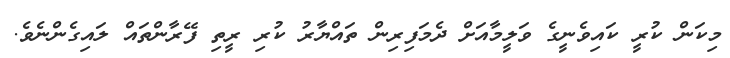
މިކަން ކުރީ ކައިވެނީގެ ވަލީމާއަށް ދެމަފިރިން ތައްޔާރު ކުރި ރީތި ފޭރާންތައް ލައިގެންނެވެ.